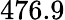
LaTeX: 476.9